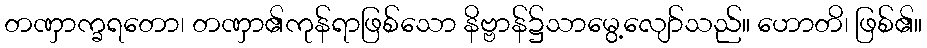
တဏှာက္ခရတော၊ တဏှာ၏ကုန်ရာဖြစ်သော နိဗ္ဗာန်၌သာမွေ့လျော်သည်။ ဟောတိ၊ ဖြစ်၏။